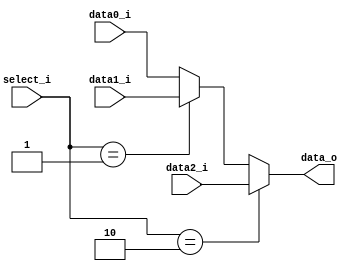
//109550184
`timescale 1ns / 1ps
//////////////////////////////////////////////////////////////////////////////////
// Company: 
// Engineer: 
// 
// Design Name: 
// Module Name: MUX_3to1
// Project Name: 
// Target Devices: 
// Tool Versions: 
// Description: 
// 
// Dependencies: 
// 
// Revision:
// Revision 0.01 - File Created
// Additional Comments:
// 
//////////////////////////////////////////////////////////////////////////////////


module MUX_3to1(
    data0_i,
    data1_i,
    data2_i,
    select_i,
    data_o
    );
parameter size = 0;
//I/O ports  
input [size-1:0] data0_i;
input [size-1:0] data1_i;
input [size-1:0] data2_i;
input [2-1:0] select_i;
output [size-1:0] data_o;

//Internal Signals
reg [size-1:0] data_o;

//Main function
always@(*) begin
    data_o = (select_i==2'b10)? data2_i: (select_i==2'b01)? data1_i: data0_i;
end
endmodule